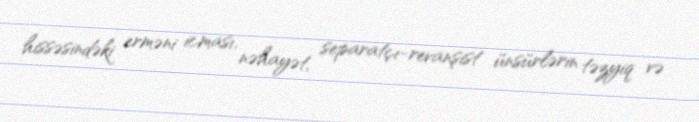
hissəsindəki erməni icması, nəhayət, separatçı-revanşist ünsürlərin təzyiq və